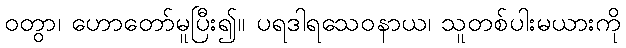
ဝတွာ၊ ဟောတော်မူပြီး၍။ ပရဒါရသေဝနာယ၊ သူတစ်ပါးမယားကို